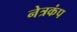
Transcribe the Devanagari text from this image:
नेत्रकंप